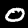
Label: 0